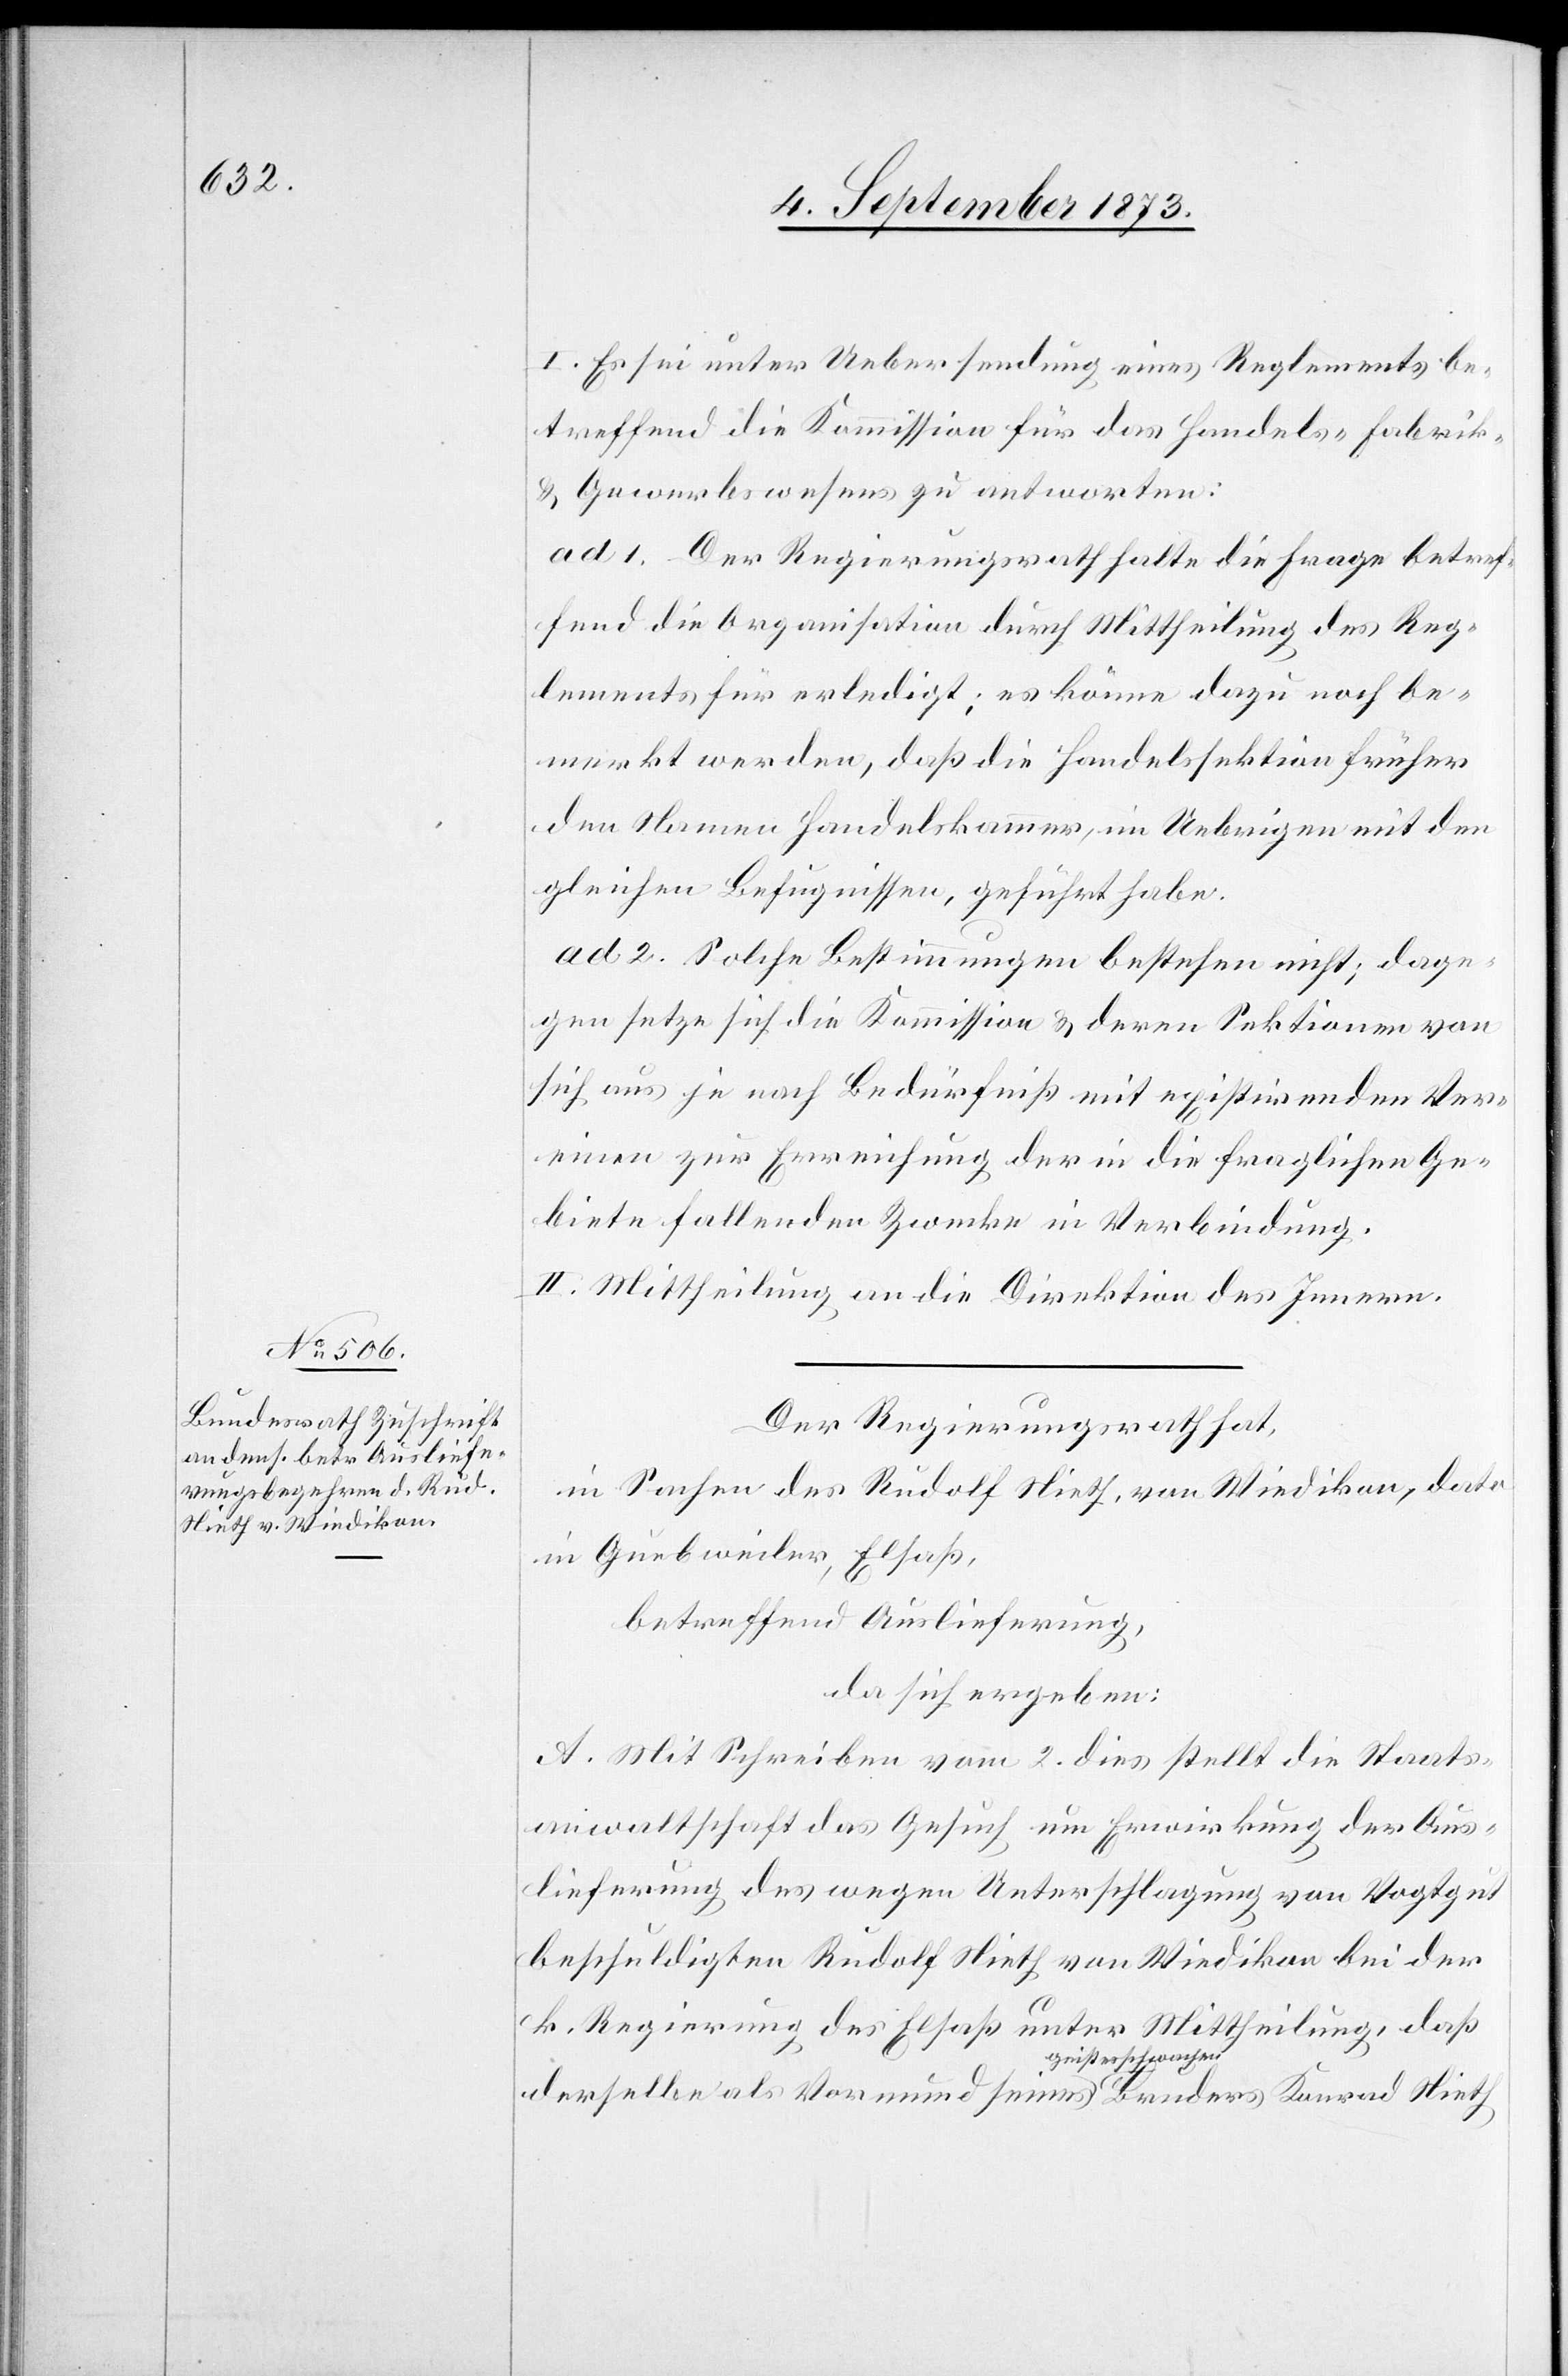
I. Es sei unter Uebersendung eines Reglements be¬
treffend die Kommission für das Handels- Fabrik-
& Gewerbswesens zu antworten:
ad 1. Der Regierungsrath halte die Frage betref¬
fend die Organisation durch Mittheilung des Reg¬
lements für erledigt; es könne dazu noch be¬
merkt werden, daß die Handelssektion früher
den Namen Handelskammer, im Uebrigen mit den
gleichen Befugnissen, geführt habe.
ad 2. Solche Bestimmungen bestehen nicht; dage¬
gen setze sich die Kommission & deren Sektionen von
sich aus je nach Bedürfniß mit existirenden Ver¬
einen zur Erreichung der in die fraglichen Ge¬
biete fallenden Zwecke in Verbindung.
II. Mittheilung an die Direktion des Innern.
Der Regierungsrath hat,
in Sachen des Rudolf Nieth, von Wiedikon, dato
in Guebweiler, Elsaß,
betreffend Auslieferung,
da sich ergeben:
A. Mit Schreiben vom 2. dies stellt die Staats¬
anwaltschaft das Gesuch um Erwirkung der Aus¬
lieferung des wegen Unterschlagung von Vogtgut
beschuldigten Rudolf Nieth von Wiedikon bei der
k. Regierung des Elsaß unter Mittheilung, daß
derselbe als Vormund seines geistesschwachen Bruders